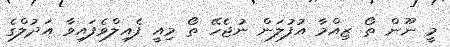
މީ ނޫން ތޯ ޒިއްމާ އުފުލަން ނުޖެހޭ ތޯ މިއީ ފެއިލްވެފައިވާ އަދުލްގެ